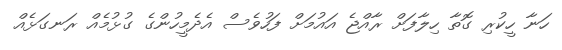
ހަނާ ހީކުރި ގޮތާ ހިލާފަށް ރާއްޖެ އައުމަށް ފަހުވެސް އެދެމީހުންގެ ގުޅުމެއް ރަނގަޅެއް